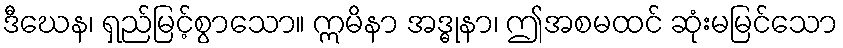
ဒီဃေန၊ ရှည်မြင့်စွာသော။ ဣမိနာ အဒ္ဓုနာ၊ ဤအစမထင် ဆုံးမမြင်သော